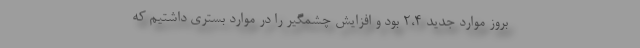
بروز موارد جدید ۲،۴ بود و افزایش چشمگیر را در موارد بستری داشتیم که